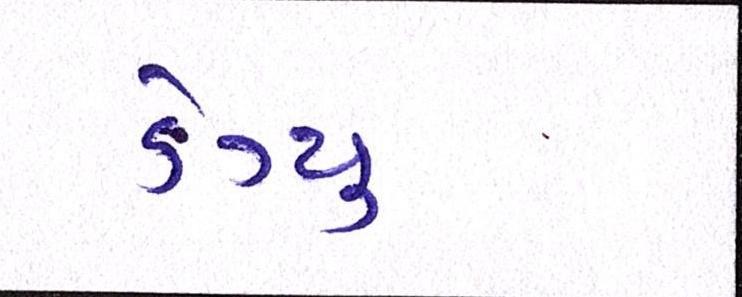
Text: ડેંગ્યુ